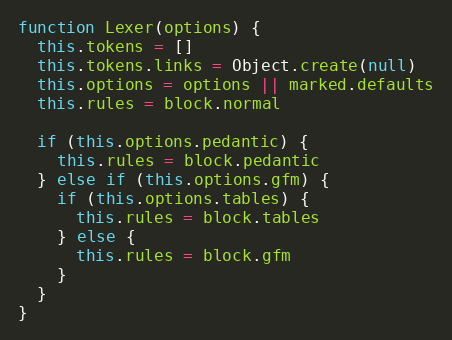
Language: JavaScript
function Lexer(options) {
  this.tokens = []
  this.tokens.links = Object.create(null)
  this.options = options || marked.defaults
  this.rules = block.normal

  if (this.options.pedantic) {
    this.rules = block.pedantic
  } else if (this.options.gfm) {
    if (this.options.tables) {
      this.rules = block.tables
    } else {
      this.rules = block.gfm
    }
  }
}